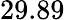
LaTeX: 29.89